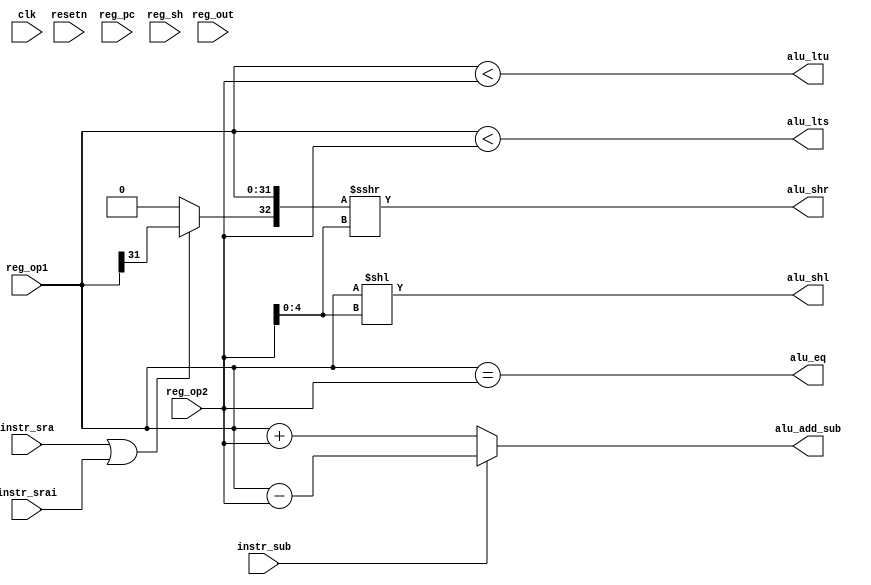
`timescale 1 ns / 1 ps
// `default_nettype none
// `define DEBUGNETS
// `define DEBUGREGS
// `define DEBUGASM
// `define DEBUG

`ifdef DEBUG
  `define debug(debug_command) debug_command
`else
  `define debug(debug_command)
`endif

`ifdef FORMAL
  `define FORMAL_KEEP (* keep *)
  `define assert(assert_expr) assert(assert_expr)
`else
  `ifdef DEBUGNETS
    `define FORMAL_KEEP (* keep *)
  `else
    `define FORMAL_KEEP
  `endif
  `define assert(assert_expr) empty_statement
`endif

// uncomment this for register file in extra module
// `define PICORV32_REGS picorv32_regs

// this macro can be used to check if the verilog files in your
// design are read in the correct order.
`define PICORV32_V


/***************************************************************
 * picorv32
 ***************************************************************/

module shr #(
	parameter [ 0:0] ENABLE_COUNTERS = 1,
	parameter [ 0:0] ENABLE_COUNTERS64 = 1,
	parameter [ 0:0] ENABLE_REGS_16_31 = 1,
	parameter [ 0:0] ENABLE_REGS_DUALPORT = 1,
	parameter [ 0:0] LATCHED_MEM_RDATA = 0,
	parameter [ 0:0] TWO_STAGE_SHIFT = 1,
	parameter [ 0:0] BARREL_SHIFTER = 0,
	parameter [ 0:0] TWO_CYCLE_COMPARE = 0,
	parameter [ 0:0] TWO_CYCLE_ALU = 0,
	parameter [ 0:0] COMPRESSED_ISA = 1,
	parameter [ 0:0] CATCH_MISALIGN = 1,
	parameter [ 0:0] CATCH_ILLINSN = 1,
	parameter [ 0:0] ENABLE_PCPI = 0,
	parameter [ 0:0] ENABLE_MUL = 1,
	parameter [ 0:0] ENABLE_FAST_MUL = 0,
	parameter [ 0:0] ENABLE_DIV = 1,
	parameter [ 0:0] ENABLE_IRQ = 1,
	parameter [ 0:0] ENABLE_IRQ_QREGS = 1,
	parameter [ 0:0] ENABLE_IRQ_TIMER = 1,
	parameter [ 0:0] ENABLE_TRACE = 1,
	parameter [ 0:0] REGS_INIT_ZERO = 0,
	parameter [31:0] MASKED_IRQ = 32'h 0000_0000,
	parameter [31:0] LATCHED_IRQ = 32'h ffff_ffff,
	parameter [31:0] PROGADDR_RESET = 32'h 0000_0000,
	parameter [31:0] PROGADDR_IRQ = 32'h 0000_0010,
	parameter [31:0] STACKADDR = 32'h ffff_ffff
) (
	input 		  clk, resetn,

	output reg [31:0] alu_add_sub,
	output reg [31:0] alu_shl, alu_shr,
	output reg 	  alu_eq, alu_ltu, alu_lts,
	input [31:0] 	  reg_pc, reg_op1, reg_op2, reg_out,
	input [4:0] 	  reg_sh,
        input instr_sub, instr_sra, instr_srai
);

	reg [31:0] alu_out, alu_out_q;
	reg alu_out_0, alu_out_0_q;
	reg alu_wait, alu_wait_2;

	generate if (TWO_CYCLE_ALU) begin
		always @(posedge clk) begin
			alu_add_sub <= instr_sub ? reg_op1 - reg_op2 : reg_op1 + reg_op2;
			alu_eq <= reg_op1 == reg_op2;
			alu_lts <= $signed(reg_op1) < $signed(reg_op2);
			alu_ltu <= reg_op1 < reg_op2;
			alu_shl <= reg_op1 << reg_op2[4:0];
			alu_shr <= $signed({instr_sra || instr_srai ? reg_op1[31] : 1'b0, reg_op1}) >>> reg_op2[4:0];
		end
	end else begin
		always @* begin
			alu_add_sub = instr_sub ? reg_op1 - reg_op2 : reg_op1 + reg_op2;
			alu_eq = reg_op1 == reg_op2;
			alu_lts = $signed(reg_op1) < $signed(reg_op2);
			alu_ltu = reg_op1 < reg_op2;
			alu_shl = reg_op1 << reg_op2[4:0];
			alu_shr = $signed({instr_sra || instr_srai ? reg_op1[31] : 1'b0, reg_op1}) >>> reg_op2[4:0];
		end
	end endgenerate

endmodule